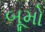
બૂમો